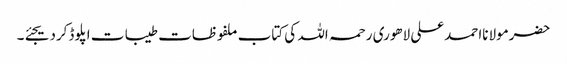
حضرمولانااحمدعلی لاھوری رحمہ اللہ کی کتاب ملفوظات طیبات اپلوڈکردیجئے۔